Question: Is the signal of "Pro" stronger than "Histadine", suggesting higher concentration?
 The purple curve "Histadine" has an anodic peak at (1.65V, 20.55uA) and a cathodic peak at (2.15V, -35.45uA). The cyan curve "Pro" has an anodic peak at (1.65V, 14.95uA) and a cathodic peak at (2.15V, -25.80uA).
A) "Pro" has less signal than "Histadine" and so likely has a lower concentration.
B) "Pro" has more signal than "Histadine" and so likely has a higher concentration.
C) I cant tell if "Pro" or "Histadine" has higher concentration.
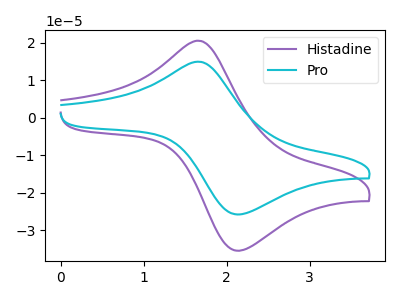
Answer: <think>All the peaks in "Pro" have a peak in "Histadine" at the same potential. Every peak in "Pro" is lower than every peak in "Histadine".
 </think>
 <answer>A) "Pro" has less signal than "Histadine" and so likely has a lower concentration.</answer>
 <eval>A</eval>